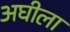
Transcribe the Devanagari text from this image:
अघीला